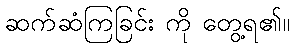
ဆက်ဆံကြခြင်း ကို တွေ့ရ၏။